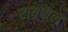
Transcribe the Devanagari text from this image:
रायफेल